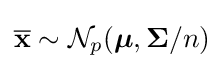
{\overline {\mathbf {x} }}\sim {\mathcal {N}}_{p}({\boldsymbol {\mu }},{\mathbf {\Sigma } }/n)